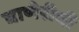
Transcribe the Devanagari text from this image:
घाणेरीची